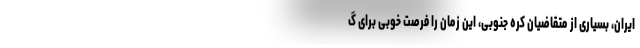
ایران، بسیاری از متقاضیان کره جنوبی، این زمان را فرصت خوبی برای گ